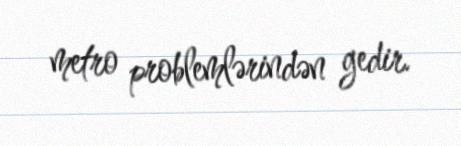
metro problemlərindən gedir.